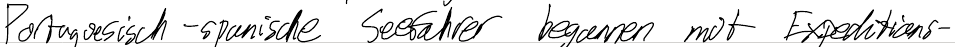
Portugiesisch-spanische Seefahrer begannen mit Expeditions-